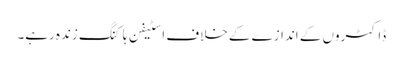
ڈاکٹروں کے اندازے کے خلاف اسٹیفن ہاکنگ زندہ رہے۔